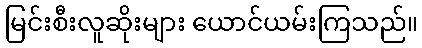
မြင်းစီးလူဆိုးများ ယောင်ယမ်းကြသည်။